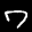
Label: 7